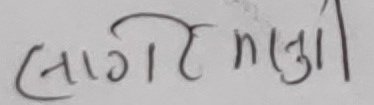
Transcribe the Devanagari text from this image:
लागि भएन।